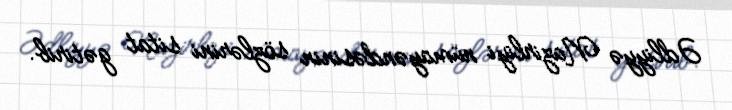
Ədliyyə Nazirliyi nümayəndəsinin sözlərini sitat gətirib.